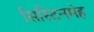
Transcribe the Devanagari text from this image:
सिस्टिनमेह